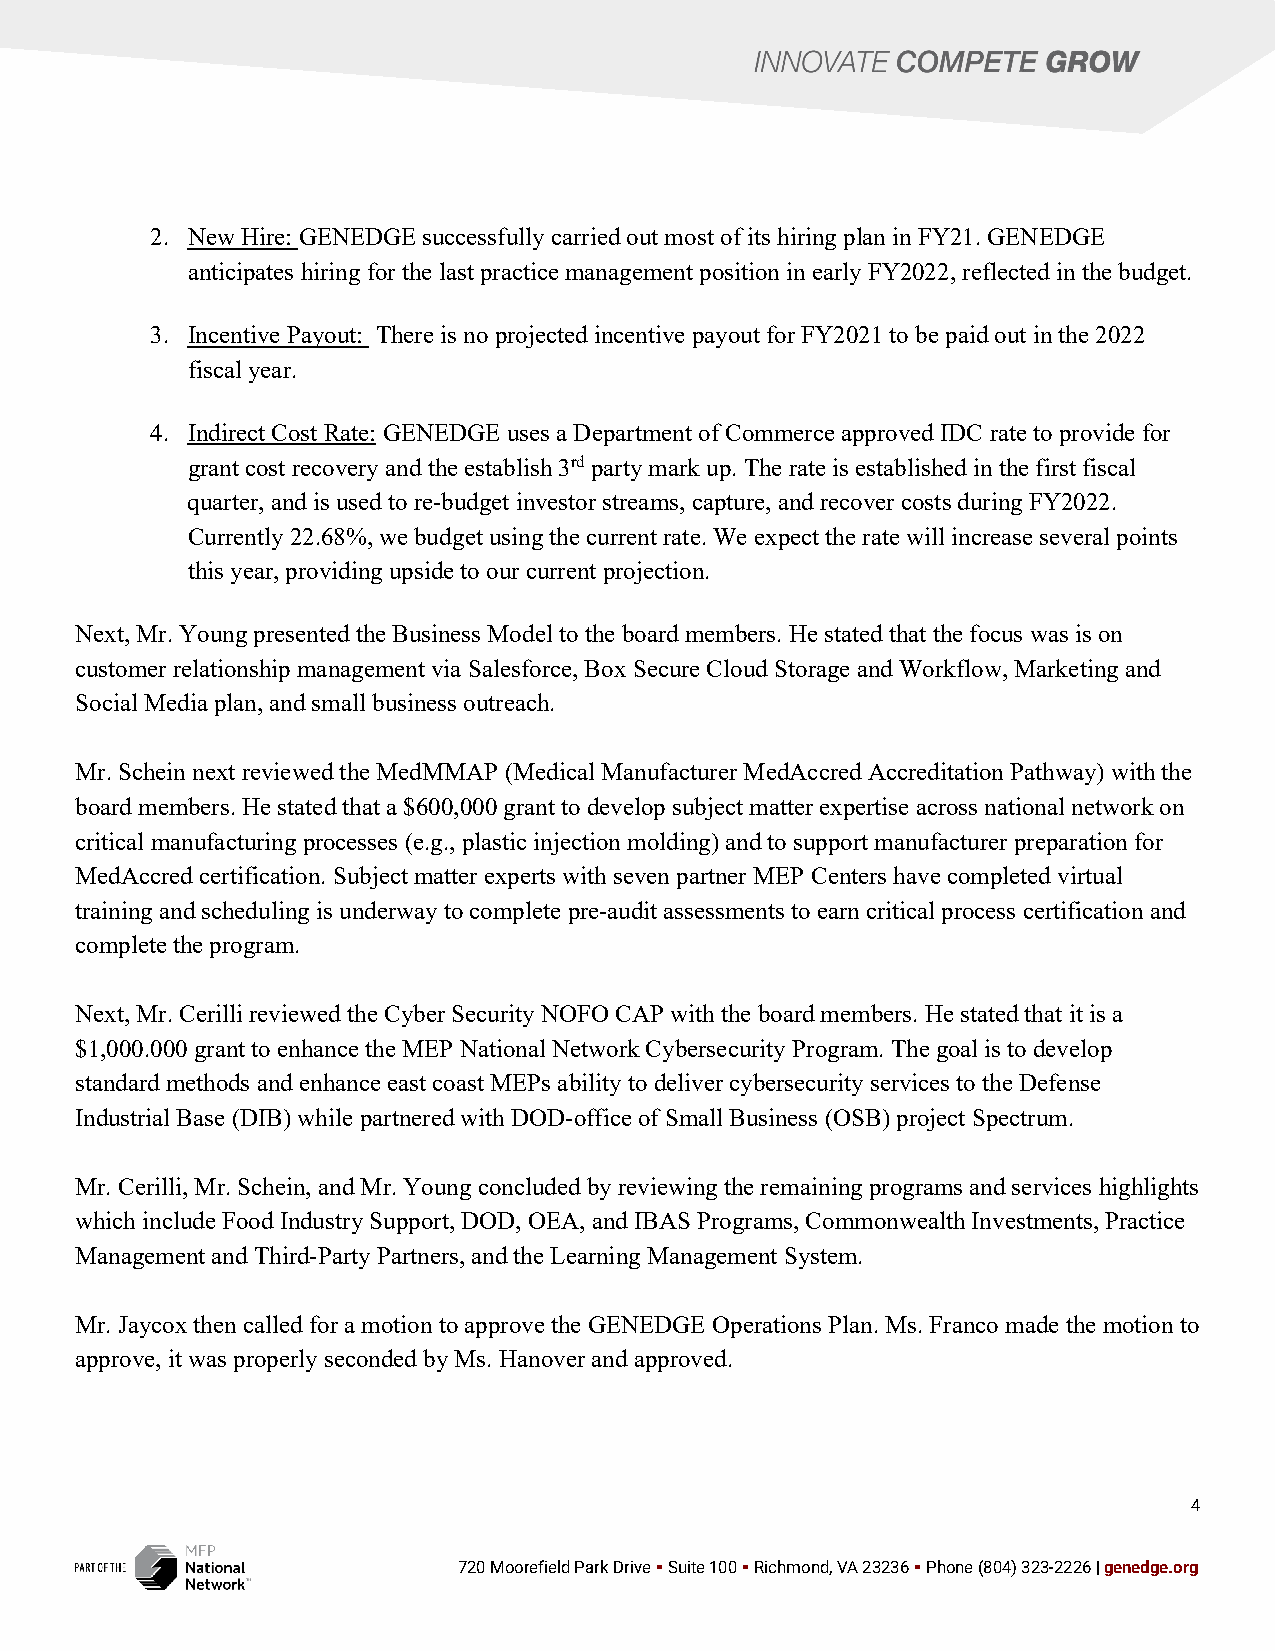
2. New Hire: GENEDGE successfully carried out most of its hiring plan in FY21. GENEDGE
 anticipates hiring for the last practice management position in early FY2022, reflected in the budget.
 3. Incentive Payout: There is no projected incentive payout for FY2021 to be paid out in the 2022
 fiscal year.
 4. Indirect Cost Rate: GENEDGE uses a Department of Commerce approved IDC rate to provide for
 grant cost recovery and the establish 3rd party mark up. The rate is established in the first fiscal
 quarter, and is used to re-budget investor streams, capture, and recover costs during FY2022.
 Currently 22.68%, we budget using the current rate. We expect the rate will increase several points
 this year, providing upside to our current projection.
 Next, Mr. Young presented the Business Model to the board members. He stated that the focus was is on
 customer relationship management via Salesforce, Box Secure Cloud Storage and Workflow, Marketing and
 Social Media plan, and small business outreach.
 Mr. Schein next reviewed the MedMMAP (Medical Manufacturer MedAccred Accreditation Pathway) with the
 board members. He stated that a $600,000 grant to develop subject matter expertise across national network on
 critical manufacturing processes (e.g., plastic injection molding) and to support manufacturer preparation for
 MedAccred certification. Subject matter experts with seven partner MEP Centers have completed virtual
 training and scheduling is underway to complete pre-audit assessments to earn critical process certification and
 complete the program.
 Next, Mr. Cerilli reviewed the Cyber Security NOFO CAP with the board members. He stated that it is a
 $1,000.000 grant to enhance the MEP National Network Cybersecurity Program. The goal is to develop
 standard methods and enhance east coast MEPs ability to deliver cybersecurity services to the Defense
 Industrial Base (DIB) while partnered with DOD-office of Small Business (OSB) project Spectrum.
 Mr. Cerilli, Mr. Schein, and Mr. Young concluded by reviewing the remaining programs and services highlights
 which include Food Industry Support, DOD, OEA, and IBAS Programs, Commonwealth Investments, Practice
 Management and Third-Party Partners, and the Learning Management System.
 Mr. Jaycox then called for a motion to approve the GENEDGE Operations Plan. Ms. Franco made the motion to
 approve, it was properly seconded by Ms. Hanover and approved.
 4
 720 Moorefield Park Drive ▪ Suite 100 ▪ Richmond, VA 23236 ▪ Phone (804) 323-2226 | genedge.org